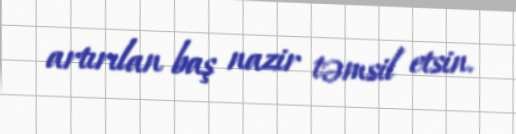
artırılan baş nazir təmsil etsin.